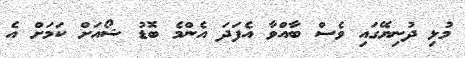
މުޅި ދުނިޔޭގައި ވެސް ބާއްވާ އެފަދަ އެންމެ ބޮޑު ޝޯއަށް ކަމަށް އެ